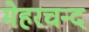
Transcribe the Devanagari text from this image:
मेहरचन्द